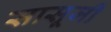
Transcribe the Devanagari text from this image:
सासूजी